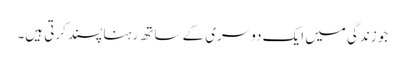
جو زندگی میں ایک دوسری کے ساتھ رہنا پسند کرتی ہیں۔